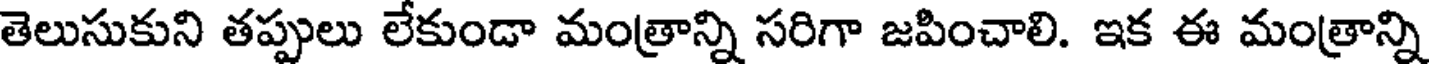
తెలుసుకుని తప్పులు లేకుండా మంత్రాన్ని సరిగా జపించాలి. ఇక ఈ మంత్రాన్ని